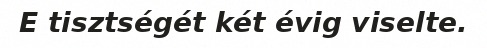
E tisztségét két évig viselte.